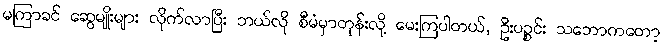
မကြာခင် ဆွေမျိုးများ လိုက်လာပြီး ဘယ်လို စီမံမှာတုန်းလို့ မေးကြပါတယ်, ဦးပဉ္စင်း သဘောကတော့